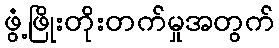
ဖွံ့ဖြိုးတိုးတက်မှုအတွက်